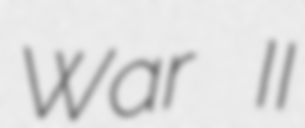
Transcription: War II